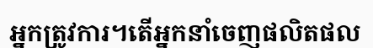
អ្នកត្រូវការ។តើអ្នកនាំចេញផលិតផល